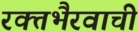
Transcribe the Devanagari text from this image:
रक्तभैरवाची